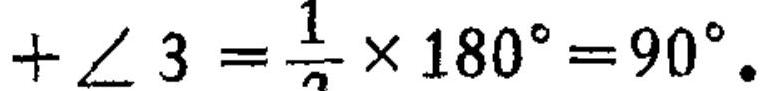
$+\angle 3=\frac{1}{2}\times 180^{\circ}=90^{\circ}。$